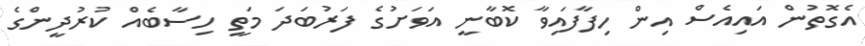
އެގޮތުން އައިއެސް އިން ހިފާފައިވާ ކޮބާނީ އަވަށުގެ ފަރުބަދަ މަތީ ހިސާބެއް ކުރުދީންގެ